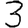
Digit: 3